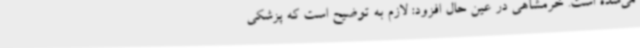
می‌شده است. خرمشاهی در عین حال افزود: لازم به توضیح است که پزشکی